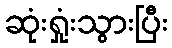
ဆုံးရှုံးသွားပြီး